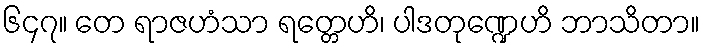
၆၄၇။ တေ ရာဇဟံသာ ရတ္တေဟိ၊ ပါဒတုဏ္ဍေဟိ ဘာသိတာ။